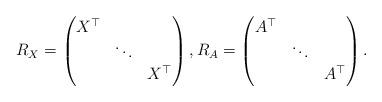
LaTeX: \begin{align*} R_X = \left( \begin{matrix} X^\top & & \\ & \ddots & \\ & & X^\top\end{matrix} \right), R_A = \left( \begin{matrix} A^\top & & \\ & \ddots & \\ & & A^\top\end{matrix} \right). \end{align*}